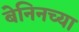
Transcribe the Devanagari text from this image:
बेनिनच्या